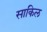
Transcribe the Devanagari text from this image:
साकिल